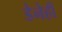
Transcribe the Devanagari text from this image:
डेनेही